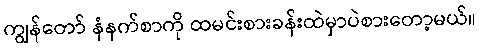
ကျွန်တော် နံနက်စာကို ထမင်းစားခန်းထဲမှာပဲစားတော့မယ်။